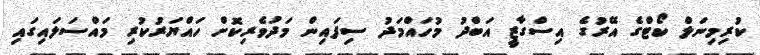
ކުރިމިނަލް ކޯޓްގެ އޭރުގެ އިސްގާޒީ އަބްދު މުހައްމަދު ސިފައިން މަދުވެރިކޮށް ހައްޔަރުކުރި މައްސަލައިގައި